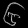
Digit: ၆